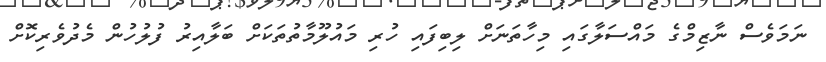
ނަމަވެސް ނާޒިމްގެ މައްސަލާގައި މިހާތަނަށް ލިބިފައި ހުރި މައުލޫމާތުތަކަށް ބަލާއިރު ފުލުހުން މެދުވެރިކޮށް